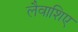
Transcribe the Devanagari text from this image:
लैवाशिए